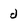
Character: d